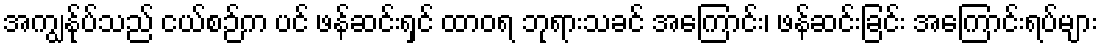
အကျွန်ုပ်သည် ငယ်စဉ်က ပင် ဖန်ဆင်းရှင် ထာဝရ ဘုရားသခင် အကြောင်း၊ ဖန်ဆင်းခြင်း အကြောင်းရပ်များ